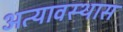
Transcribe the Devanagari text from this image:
अत्यावस्थास